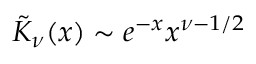
\tilde { K } _ { \nu } ( x ) \sim e ^ { - x } x ^ { \nu - 1 / 2 }